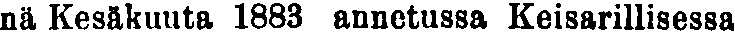
nä Kesäkuuta 1883 annetussa Keisarillisessa